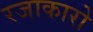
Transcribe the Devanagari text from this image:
रजाकारो